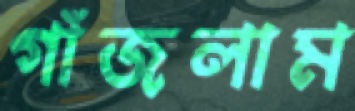
গাঁজলাম